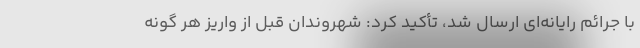
با جرائم رایانه‌ای ارسال شد، تأکید کرد: شهروندان قبل از واریز هر گونه